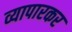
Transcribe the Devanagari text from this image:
व्यापारकर